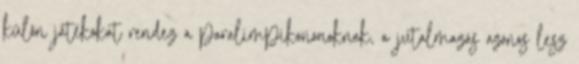
külön játékokat rendez a paralimpikononoknak, a jutalmazás azonos lesz